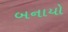
બનાયો